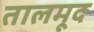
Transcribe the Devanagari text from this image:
तालमूद